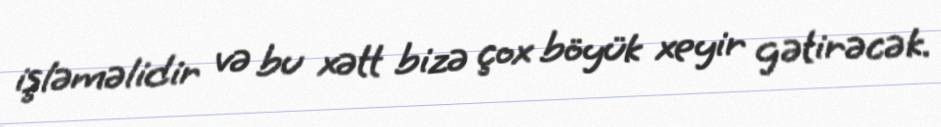
işləməlidir və bu xətt bizə çox böyük xeyir gətirəcək.